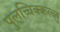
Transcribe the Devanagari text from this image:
पुलच्चिक्कल्लु